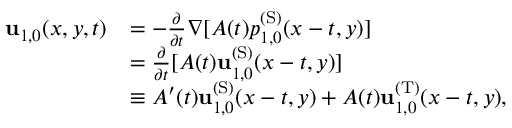
\begin{array} { r l } { \mathbf { u } _ { 1 , 0 } ( x , y , t ) } & { = - \frac { \partial } { \partial t } \nabla [ A ( t ) p _ { 1 , 0 } ^ { \mathrm { ( S ) } } ( x - t , y ) ] } \\ & { = \frac { \partial } { \partial t } [ A ( t ) \mathbf { u } _ { 1 , 0 } ^ { \mathrm { ( S ) } } ( x - t , y ) ] } \\ & { \equiv A ^ { \prime } ( t ) \mathbf { u } _ { 1 , 0 } ^ { \mathrm { ( S ) } } ( x - t , y ) + A ( t ) \mathbf { u } _ { 1 , 0 } ^ { \mathrm { ( T ) } } ( x - t , y ) , } \end{array}